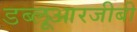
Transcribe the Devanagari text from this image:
डब्लूआरजीबी